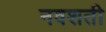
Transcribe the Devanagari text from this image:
नवशती